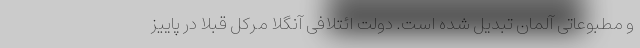
و مطبوعاتی آلمان تبدیل شده است. دولت ائتلافی آنگلا مرکل قبلا در پاییز